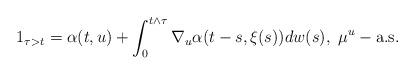
LaTeX: \begin{align*}1_{\tau>t}=\alpha(t,u)+\int^{t\wedge \tau}_0 \nabla_u \alpha(t-s,\xi(s))dw(s), \ \mu^u-\mbox{a.s.}\end{align*}